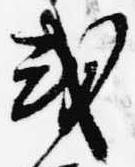
或